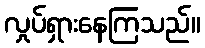
လှုပ်ရှားနေကြသည်။